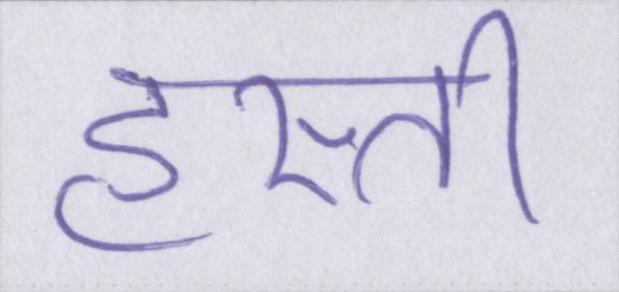
हस्ती